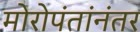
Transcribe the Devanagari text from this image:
मोरोपंतांनंतर